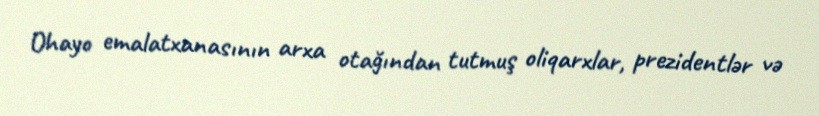
Ohayo emalatxanasının arxa otağından tutmuş oliqarxlar, prezidentlər və